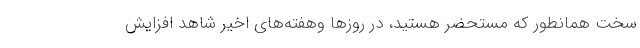
سخت همانطور که مستحضر هستید، در روزها وهفته‌های اخیر شاهد افزایش